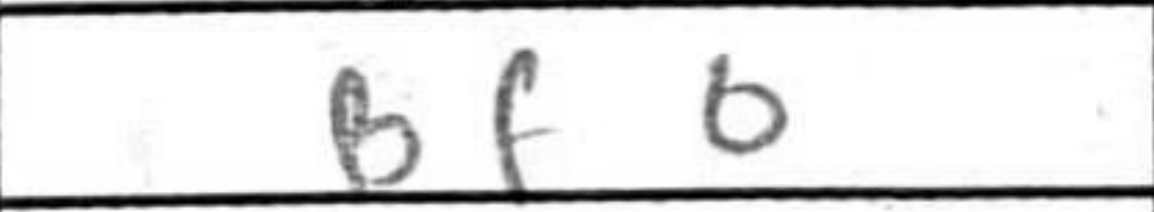
Transcription: Bf6